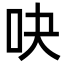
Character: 吷